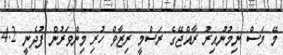
މޭ މަސް ނިމުނުއިރު ރާއްޖޭގެ ރަސްމީ ރިޒާވް ހުރި މިންވަރުން ފުދެނީ 4.2